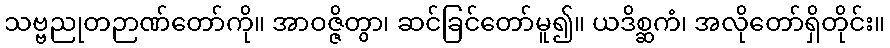
သဗ္ဗညုတဉာဏ်တော်ကို။ အာဝဇ္ဇိတွာ၊ ဆင်ခြင်တော်မူ၍။ ယဒိစ္ဆကံ၊ အလိုတော်ရှိတိုင်း။